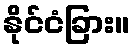
နိုင်ငံခြား။